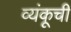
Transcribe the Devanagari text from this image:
व्यंकूची